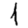
Digit: 1